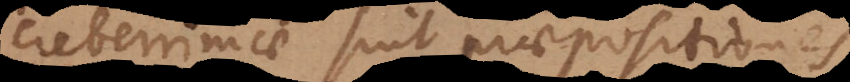
creberrimae sint praepositiones